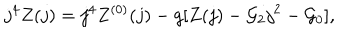
j ^ { 4 } Z ( j ) = j ^ { 4 } Z ^ { ( 0 ) } ( j ) - g [ Z ( j ) - { \cal G } _ { 2 } j ^ { 2 } - { \cal G } _ { 0 } ] ,